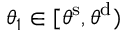
\theta _ { 1 } \in [ \theta ^ { \mathrm { s } } , \theta ^ { \mathrm { d } } )